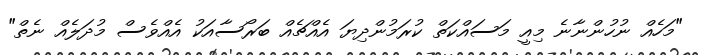
"މަހެއް ނުހުންނާނެ މިއީ މަސައްކަތް ކުރަމުންދިޔަ އެއްޗެއް ބަރޯސާއަކު އެއްވެސް މުދަލެއް ނެތް"